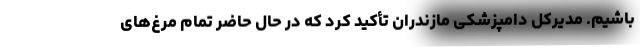
باشیم. مدیرکل دامپزشکی مازندران تأکید کرد که در حال حاضر تمام مرغ‌های